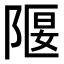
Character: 隁